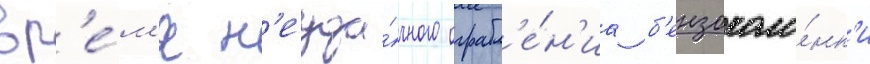
вр'е́м'я н'еуда́чного ограбл'е́н'иа б'ензоколо́нк'и